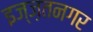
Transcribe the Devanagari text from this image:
इज्ज़तनगर